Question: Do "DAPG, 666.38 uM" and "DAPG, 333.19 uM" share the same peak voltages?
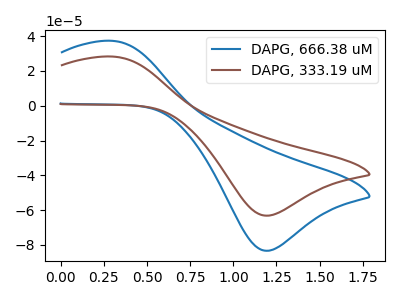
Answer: <think>The blue curve "DAPG, 666.38 uM" has an anodic peak at (0.30V, 37.35uA) and a cathodic peak at (1.20V, -83.35uA). The brown curve "DAPG, 333.19 uM" has an anodic peak at (0.30V, 28.30uA) and a cathodic peak at (1.20V, -63.15uA).</think>
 <answer>Yes, "DAPG, 666.38 uM" have a peak in "DAPG, 333.19 uM" at the same potential.</answer>
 <eval>match</eval>